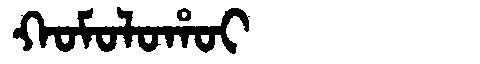
Manchu: ᡴᠣᠮᠣᠯᠣᡥᠣᡳ
Romanization: KOMOLOHOI